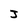
Character: J